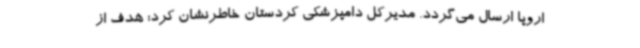
اروپا ارسال می‌گردد. مدیرکل دامپزشکی کردستان خاطرنشان کرد: هدف از